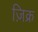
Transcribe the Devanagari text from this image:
ज़िक्र